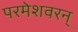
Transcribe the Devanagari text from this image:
परमेशवरन्